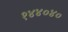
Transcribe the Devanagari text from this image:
१४४०४०